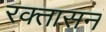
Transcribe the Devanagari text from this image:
रक्तासनं